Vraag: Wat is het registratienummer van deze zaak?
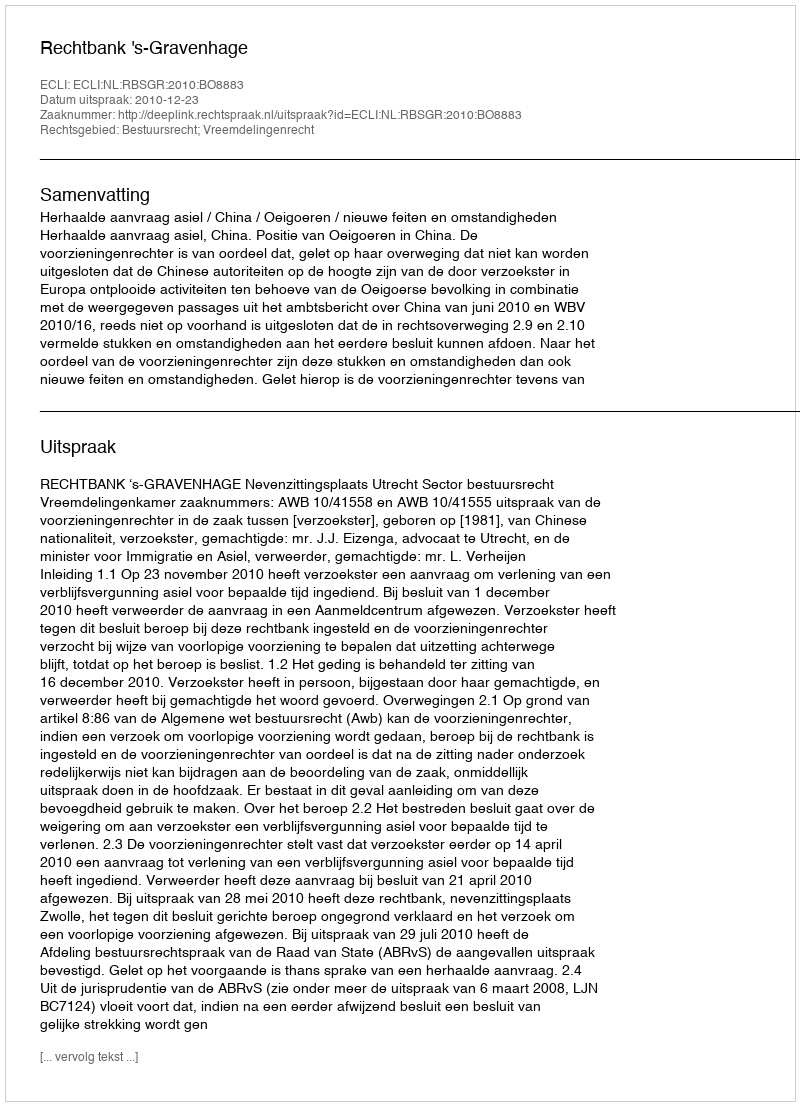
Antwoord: http://deeplink.rechtspraak.nl/uitspraak?id=ECLI:NL:RBSGR:2010:BO8883